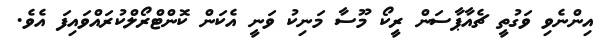
އިންނެވި ވަގުތީ ޗެއާޕާސަން ރީކޯ މޫސާ މަނިކު ވަނީ އެކަން ކޮންޓްރޯލްކުރައްވައިފަ އެވެ.